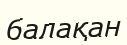
балақан